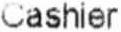
CASHIER